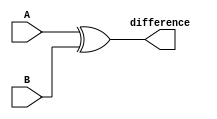
module ripple_carry_subtractor (
    input [3:0] A,
    input [3:0] B,
    output [3:0] difference
);

wire [3:0] borrow;
wire [3:0] carry_out;

// XOR gates for computing difference
assign difference = A ^ B;

// AND gates for borrowing propagation
assign borrow[0] = ~A[0] & B[0];
assign borrow[1] = (~A[1] & B[1]) | (borrow[0] & ~A[1]);
assign borrow[2] = (~A[2] & B[2]) | (borrow[1] & ~A[2]);
assign borrow[3] = (~A[3] & B[3]) | (borrow[2] & ~A[3]);

// Carry-out signal for forwarding borrows
assign carry_out[0] = borrow[0];
assign carry_out[1] = borrow[1];
assign carry_out[2] = borrow[2];
assign carry_out[3] = borrow[3];

endmodule